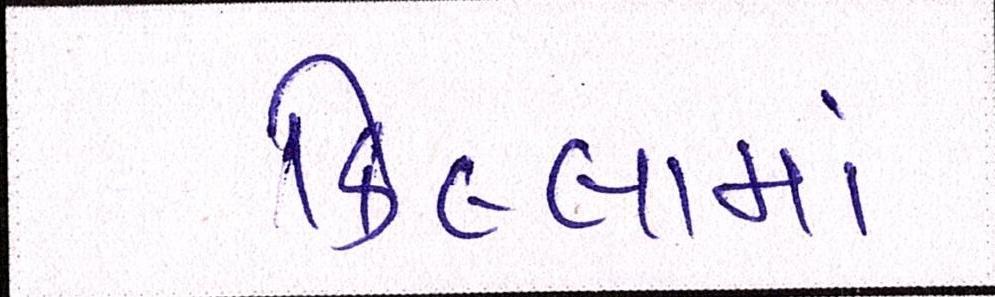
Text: કિલ્લામાં